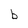
Character: b